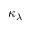
\kappa _ { \lambda }